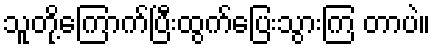
သူတို့ကြောက်ပြီးထွက်ပြေးသွားကြ တာပဲ။